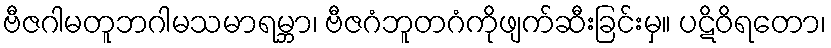
ဗီဇဂါမတူဘဂါမသမာရမ္ဘာ၊ ဗီဇဂံဘူတဂံကိုဖျက်ဆီးခြင်းမှ။ ပဋိဝိရတော၊